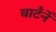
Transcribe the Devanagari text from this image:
बाटँनेँ